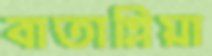
বাতাগ্লিয়া